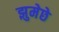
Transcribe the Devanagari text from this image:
झुमेछे